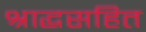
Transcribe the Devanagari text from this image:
श्राद्धसहित